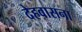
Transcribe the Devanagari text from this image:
देहवासना